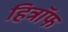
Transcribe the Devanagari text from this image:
हित्रॉफ